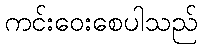
ကင်းဝေးစေပါသည်